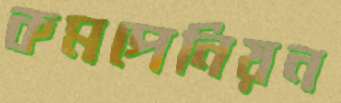
কমপেনিয়ন